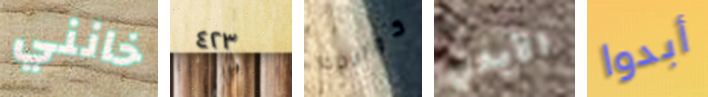
خانني ٤٢٣ كوالدك الأيدي أبدوا